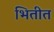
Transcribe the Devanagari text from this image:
भितीत